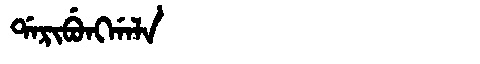
Manchu: ᡩᠠᡵᡳᠪᡠᠩᡤᠠᠯᠠ
Romanization: DARIBUNGGALA